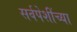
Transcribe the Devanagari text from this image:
सर्वपेशींच्या